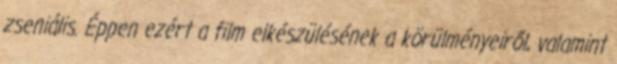
zseniális. Éppen ezért a film elkészülésének a körülményeiről, valamint